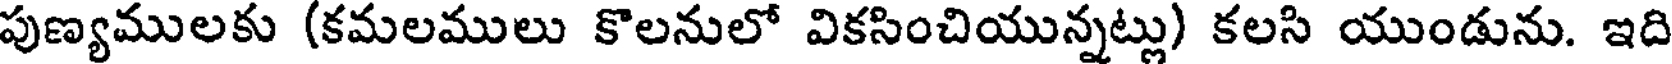
పుణ్యములకు (కమలములు కొలనులో వికసించియున్నట్లు) కలసి యుండును. ఇది